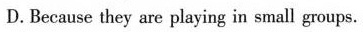
D.Because they are playing in small groups.